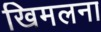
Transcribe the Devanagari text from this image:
खिमलना